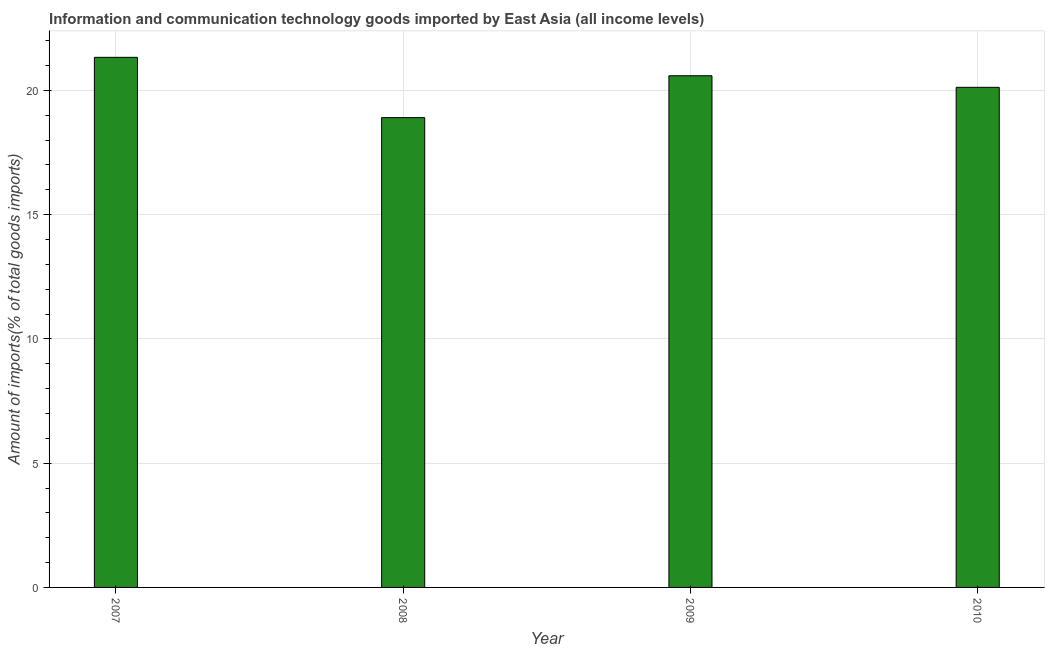
| Year | ICT goods imports |
 | --- | --- |
 | 2007 | 21.3 |
 | 2008 | 18.9 |
 | 2009 | 20.6 |
 | 2010 | 20.1 |